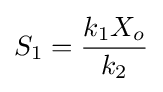
S_{1}={\frac {k_{1}X_{o}}{k_{2}}}